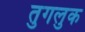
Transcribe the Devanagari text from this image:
तुगलुक